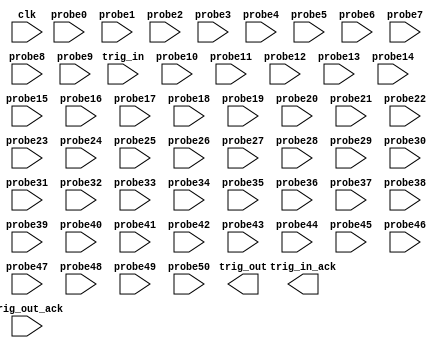
module bd_350b_ila_lib_0 (
clk,
trig_out,
trig_out_ack,
trig_in,
trig_in_ack,
probe0,
probe1,
probe2,
probe3,
probe4,
probe5,
probe6,
probe7,
probe8,
probe9,
probe10,
probe11,
probe12,
probe13,
probe14,
probe15,
probe16,
probe17,
probe18,
probe19,
probe20,
probe21,
probe22,
probe23,
probe24,
probe25,
probe26,
probe27,
probe28,
probe29,
probe30,
probe31,
probe32,
probe33,
probe34,
probe35,
probe36,
probe37,
probe38,
probe39,
probe40,
probe41,
probe42,
probe43,
probe44,
probe45,
probe46,
probe47,
probe48,
probe49,
probe50
);

input clk;
output trig_out;
input trig_out_ack;
input trig_in;
output trig_in_ack;
input [1 : 0] probe0;
input [8 : 0] probe1;
input [1 : 0] probe2;
input [8 : 0] probe3;
input [1 : 0] probe4;
input [1 : 0] probe5;
input [1 : 0] probe6;
input [31 : 0] probe7;
input [1 : 0] probe8;
input [31 : 0] probe9;
input [3 : 0] probe10;
input [1 : 0] probe11;
input [1 : 0] probe12;
input [1 : 0] probe13;
input [1 : 0] probe14;
input [1 : 0] probe15;
input [7 : 0] probe16;
input [1 : 0] probe17;
input [15 : 0] probe18;
input [1 : 0] probe19;
input [3 : 0] probe20;
input [11 : 0] probe21;
input [7 : 0] probe22;
input [0 : 0] probe23;
input [2 : 0] probe24;
input [3 : 0] probe25;
input [2 : 0] probe26;
input [1 : 0] probe27;
input [15 : 0] probe28;
input [1 : 0] probe29;
input [3 : 0] probe30;
input [11 : 0] probe31;
input [7 : 0] probe32;
input [0 : 0] probe33;
input [2 : 0] probe34;
input [3 : 0] probe35;
input [2 : 0] probe36;
input [1 : 0] probe37;
input [11 : 0] probe38;
input [1 : 0] probe39;
input [1 : 0] probe40;
input [31 : 0] probe41;
input [11 : 0] probe42;
input [1 : 0] probe43;
input [31 : 0] probe44;
input [3 : 0] probe45;
input [1 : 0] probe46;
input [2 : 0] probe47;
input [1 : 0] probe48;
input [1 : 0] probe49;
input [2 : 0] probe50;


endmodule